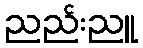
ညည်းညူ